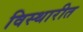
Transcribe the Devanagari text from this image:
विस्थारीत